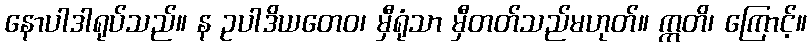
နောပါဒါရုပ်သည်။ န ဥပါဒိယတေဝ၊ မှီရုံသာ မှီတတ်သည်မဟုတ်။ ဣတိ၊ ကြောင့်။